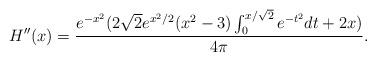
LaTeX: \begin{align*} H''(x)=\frac{e^{-x^2} (2\sqrt{2} e^{x^2/2} (x^2 - 3)\int_0^{x/\sqrt{2}}e^{-t^2}dt + 2 x)}{4\pi}.\end{align*}